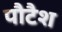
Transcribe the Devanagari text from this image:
पौटैश